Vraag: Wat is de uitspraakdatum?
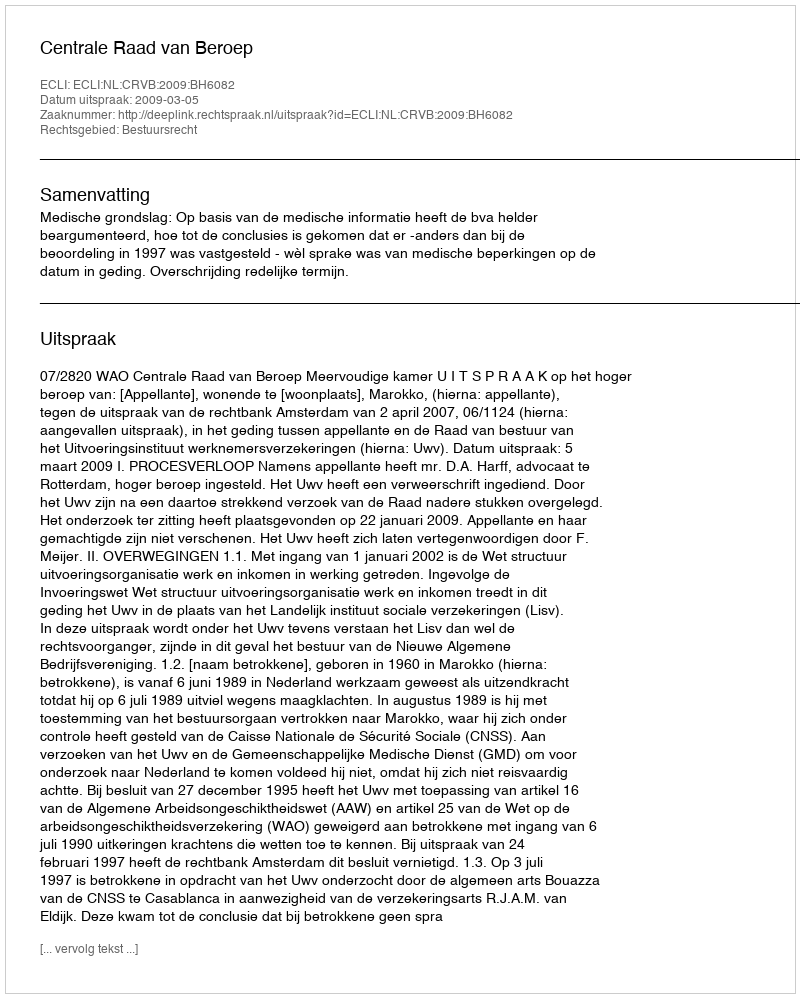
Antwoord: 2009-03-05